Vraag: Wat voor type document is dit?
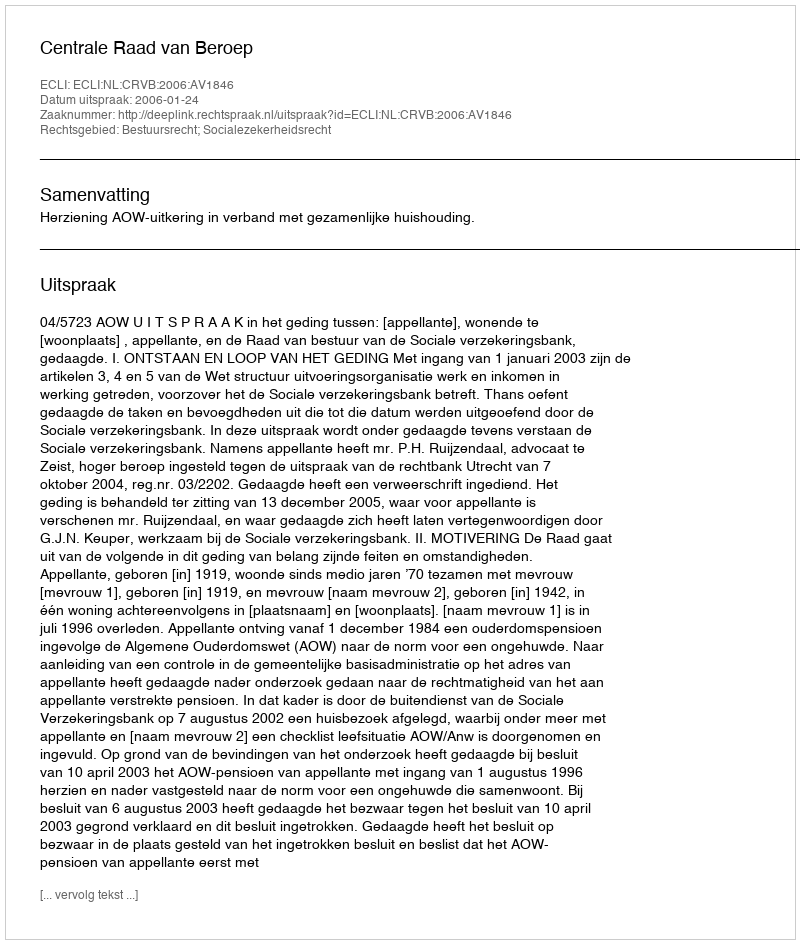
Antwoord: Uitspraak